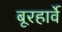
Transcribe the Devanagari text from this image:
बूरहार्वे